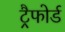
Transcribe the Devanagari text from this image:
ट्रैफोर्ड